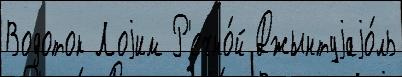
Водоток Лоjим Р'ечно́й Джынтуjаjо́ль